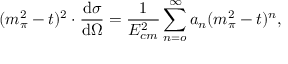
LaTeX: ( m _ { \pi } ^ { 2 } - t ) ^ { 2 } \cdot \frac { \mathrm { d } \sigma } { \mathrm { d } \Omega } = \frac { 1 } { E _ { c m } ^ { 2 } } \sum _ { n = o } ^ { \infty } a _ { n } ( m _ { \pi } ^ { 2 } - t ) ^ { n } ,